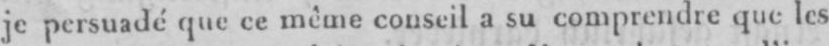
je persuadé que ce même conseil a su comprendre que les